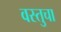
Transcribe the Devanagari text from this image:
वस्तुचा